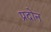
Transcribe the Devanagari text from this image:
प्रदोन